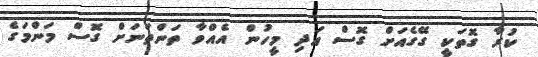
ކުރާ ގޮތަކީ ގޭގެއަށް ގޮސް އަދި މީހުން އެއްވާ ތަންތަނަށް ގޮސް މަންމަގެ